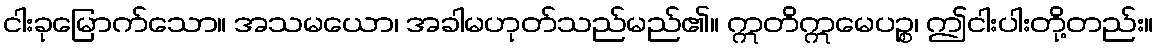
ငါးခုမြောက်သော။ အသမယော၊ အခါမဟုတ်သည်မည်၏။ ဣတိဣမေပဉ္စ၊ ဤငါးပါးတို့တည်း။